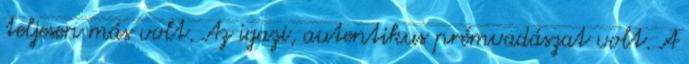
teljesen más volt. Az igazi, autentikus prémvadászat volt. A